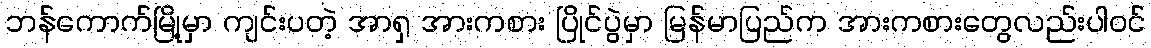
ဘန်ကောက်မြို့မှာ ကျင်းပတဲ့ အာရှ အားကစား ပြိုင်ပွဲမှာ မြန်မာပြည်က အားကစားတွေလည်းပါဝင်